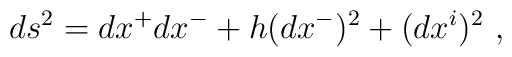
ds^2 = dx^+ dx^- + h (dx^-)^2 + (dx^i)^2 ~,